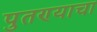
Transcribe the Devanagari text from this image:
पुतण्याचा